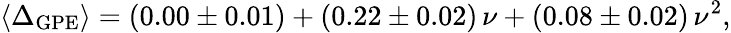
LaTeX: \langle\Delta_{\mathrm{GPE}}\rangle=(0.00\pm 0.01)+(0.22\pm 0.02)\, \nu+(0.08\pm 0.02)\, \nu^{2},